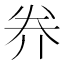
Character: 奍